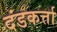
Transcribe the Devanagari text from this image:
दंडकर्त्ता